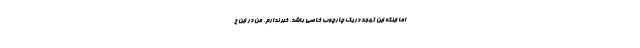
اما اینکه این تهجد در یک چارچوب خاصی باشد، خبر ندارم. من در این ح